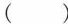
()